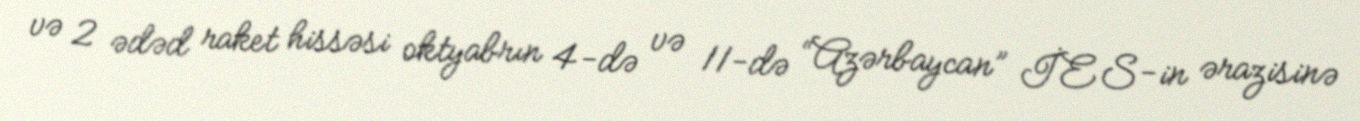
və 2 ədəd raket hissəsi oktyabrın 4-də və 11-də “Azərbaycan” İES-in ərazisinə